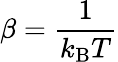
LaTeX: \beta=\frac{1}{k_{\mathrm{B}}T}